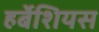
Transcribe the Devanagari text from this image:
हर्बेशियस